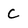
Character: C